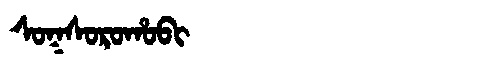
Manchu: ᠰᠣᡴᠰᠣᡵᠣᡥᠣᠪᡳ
Romanization: SOKSOROHOBI